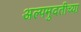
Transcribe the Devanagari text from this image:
अल्पमुदतीच्या